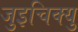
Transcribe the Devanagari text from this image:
जुइचिक्यु